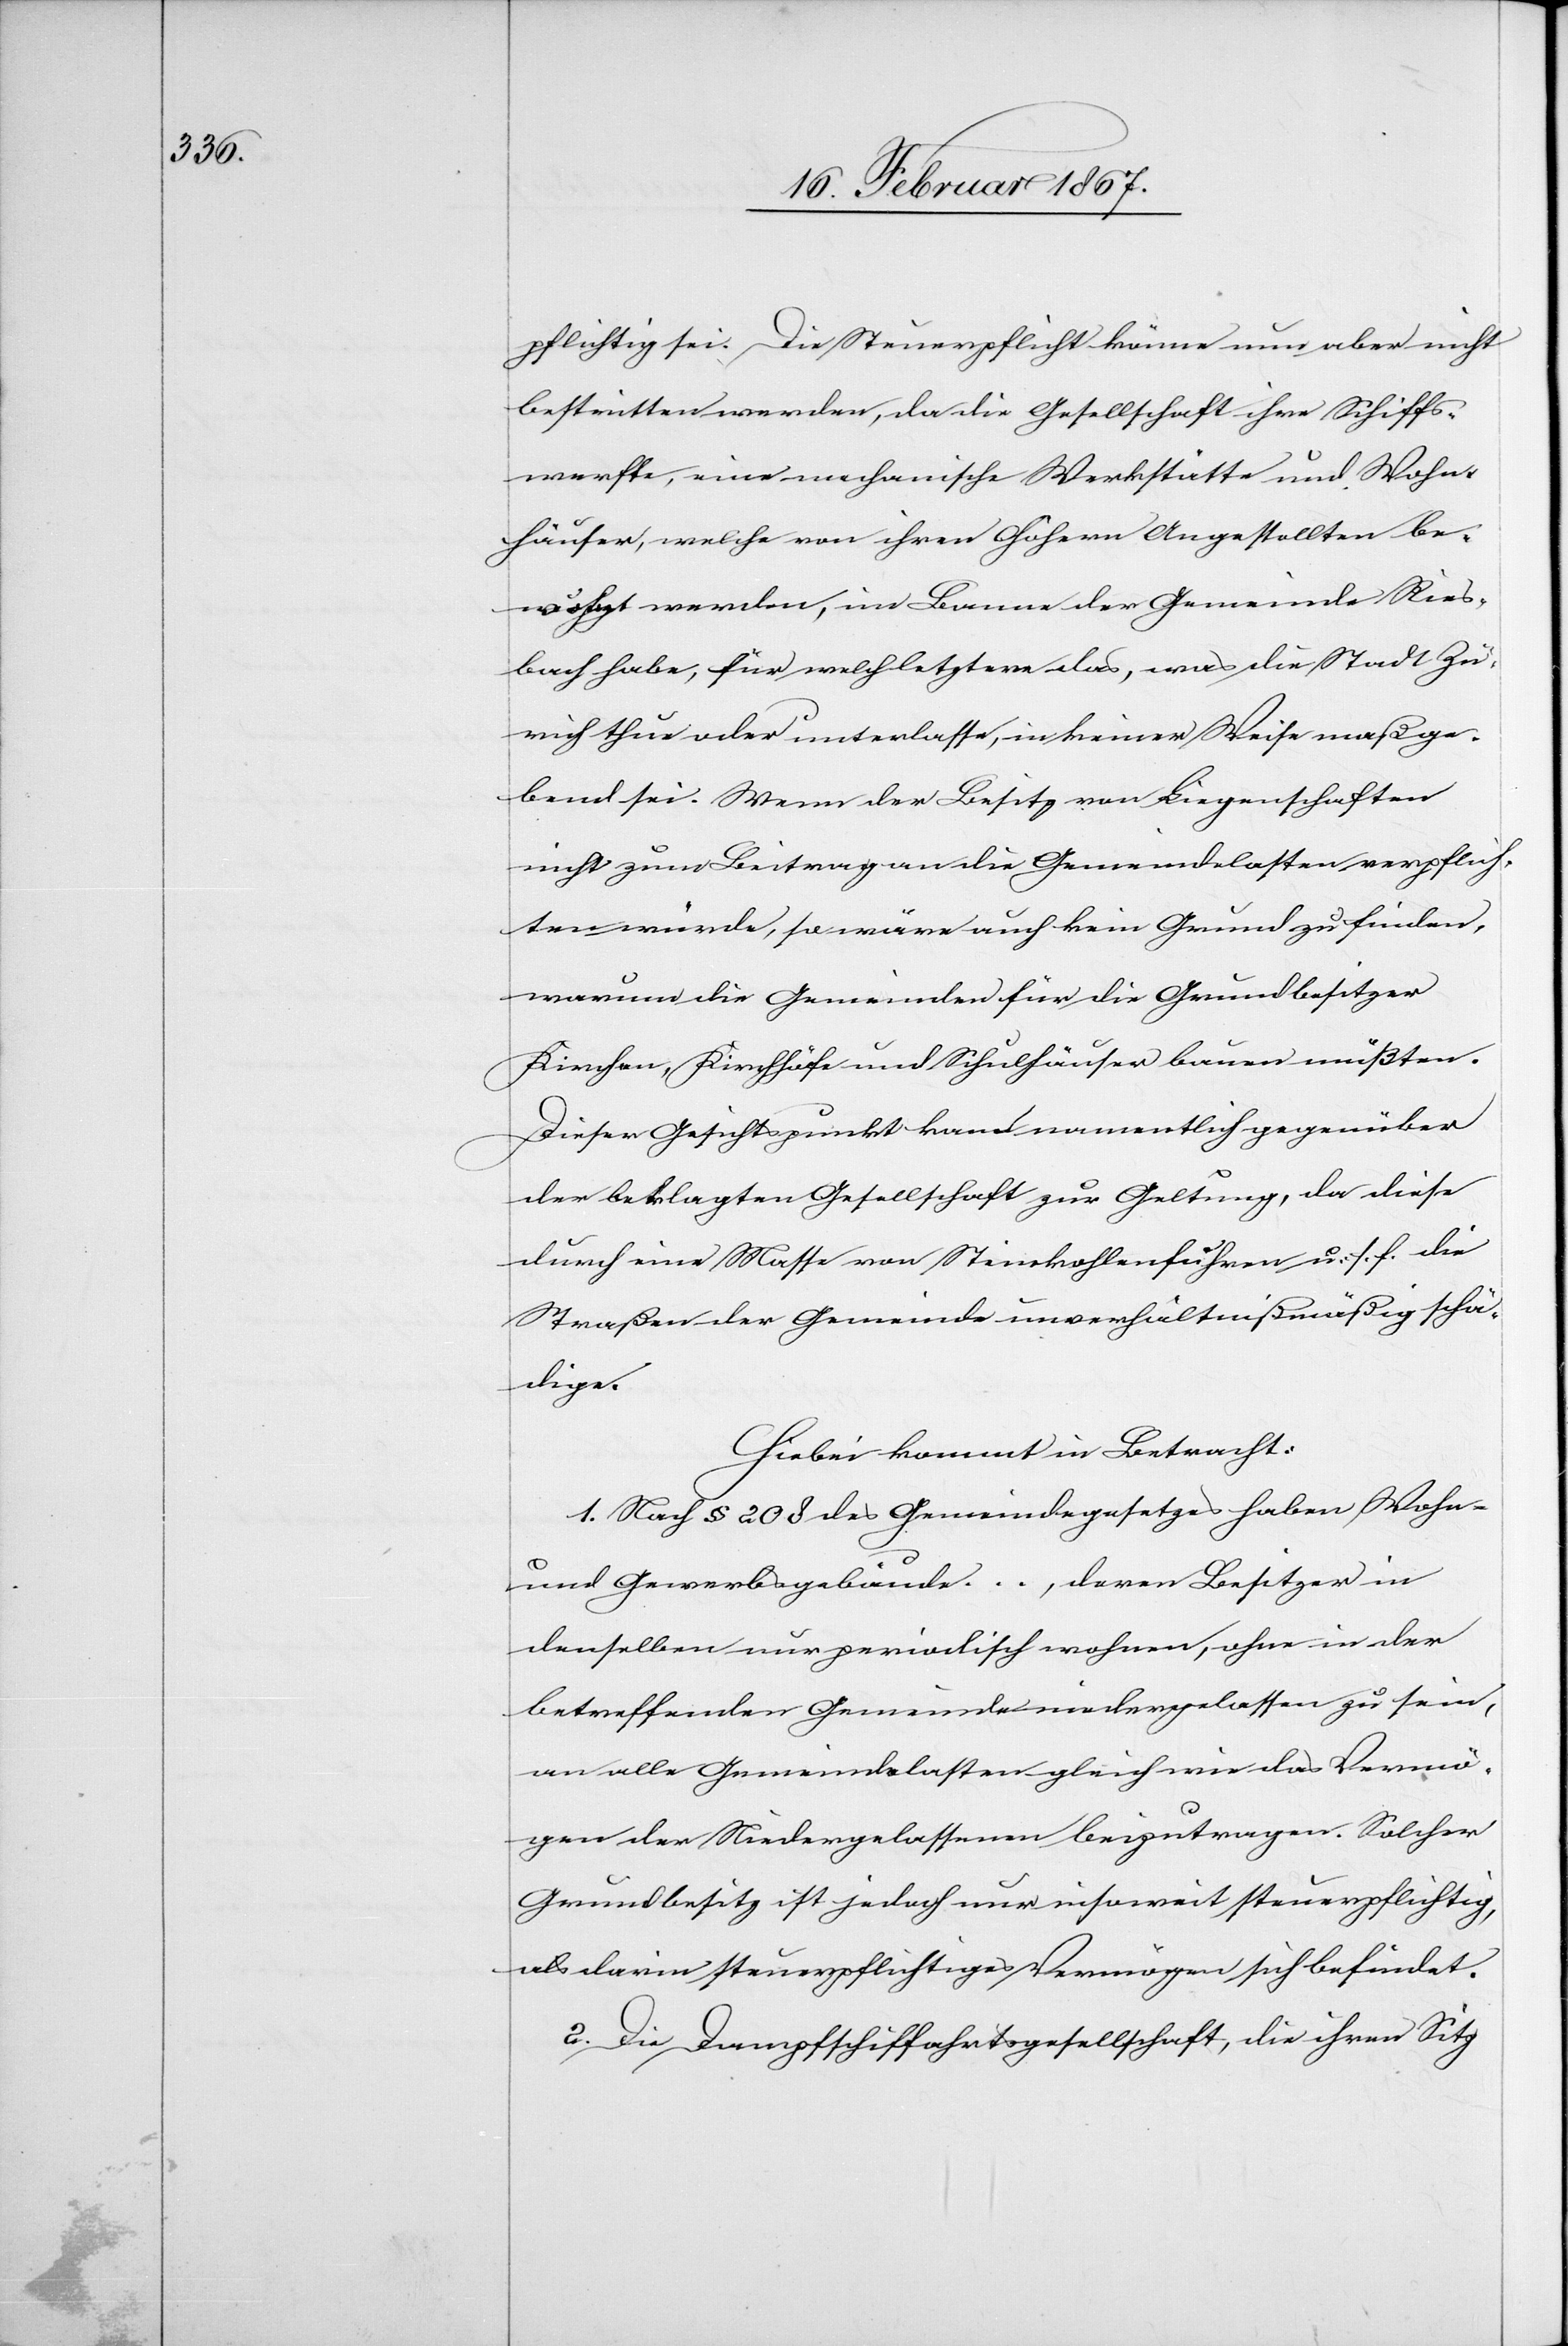
pflichtig sei. Die Steuerpflicht könne nun aber nicht
bestritten werden, da die Gesellschaft ihre Schiffs¬
werfte, eine mechanische Werkstätte und Wohn¬
häuser, welche von ihren Höhern Angestellten [?be¬
wohnt] werden, im Banne der Gemeinde Ries¬
bach habe, für welchletztere das, was die Stadt Zü¬
rich thue oder unterlasse, in keiner Weise maßge¬
bend sei. Wenn der Besitz von Liegenschaften
nicht zum Beitrag an die Gemeindlasten verpflich¬
ten würde, so wäre auch kein Grund zu finden,
warum die Gemeinden für die Grundbesitzer
Kirchen, Kirchhöfe und Schulhäuser bauen müßten.
Dieser Gesichtspunkt kam namentlich gegenüber
der beklagten Gesellschaft zur Geltung, da diese
durch eine Masse von Steinkohlenfuhren u. s. w. die
Straßen der Gemeinde unverhältnißmäßig schä¬
dige.
Hiebei kommt in Betracht:
1. Nach § 208 des Gemeindegesetzes haben Wohn-
und Gewerbsgebäude … , deren Besitzer in
denselben nur periodisch wohnen, ohne in der
betreffenden Gemeinde niedergelassen zu sein,
an alle Gemeindelasten gleich wie das Vermö¬
gen der Niedergelassenen beizutragen. Solcher
Grundbesitz ist jedoch nur insoweit steuerpflichtig,
als darin steuerpflichtiges Vermögen sich befindet.
2. Die Dampfschiffahrtsgesellschaft, die ihren Sitz